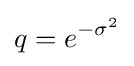
q=e^{-\sigma ^{2}}